画像に写った文字を読んでください
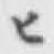
「ヒ」と書いてあります